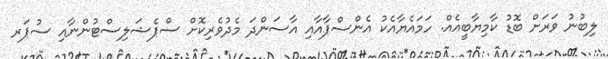
ލިބުނު ވަރަށް ބޮޑު ކާމިޔާބީއެއް. ހަމައެޔާއެކު އެންސްޕާއާއި އާސަންދަ މެދުވެރިކޮށް ސްޕެޝަލިސްޓުންނާއި ސުޕަރ